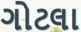
ગોટલા